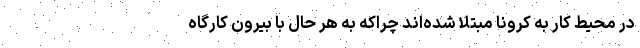
در محیط کار به کرونا مبتلا شده‌اند چراکه به هر حال با بیرون کارگاه